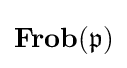
\mathbf {Frob} ({\mathfrak {p}})